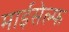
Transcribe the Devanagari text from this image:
माईसेल्फ